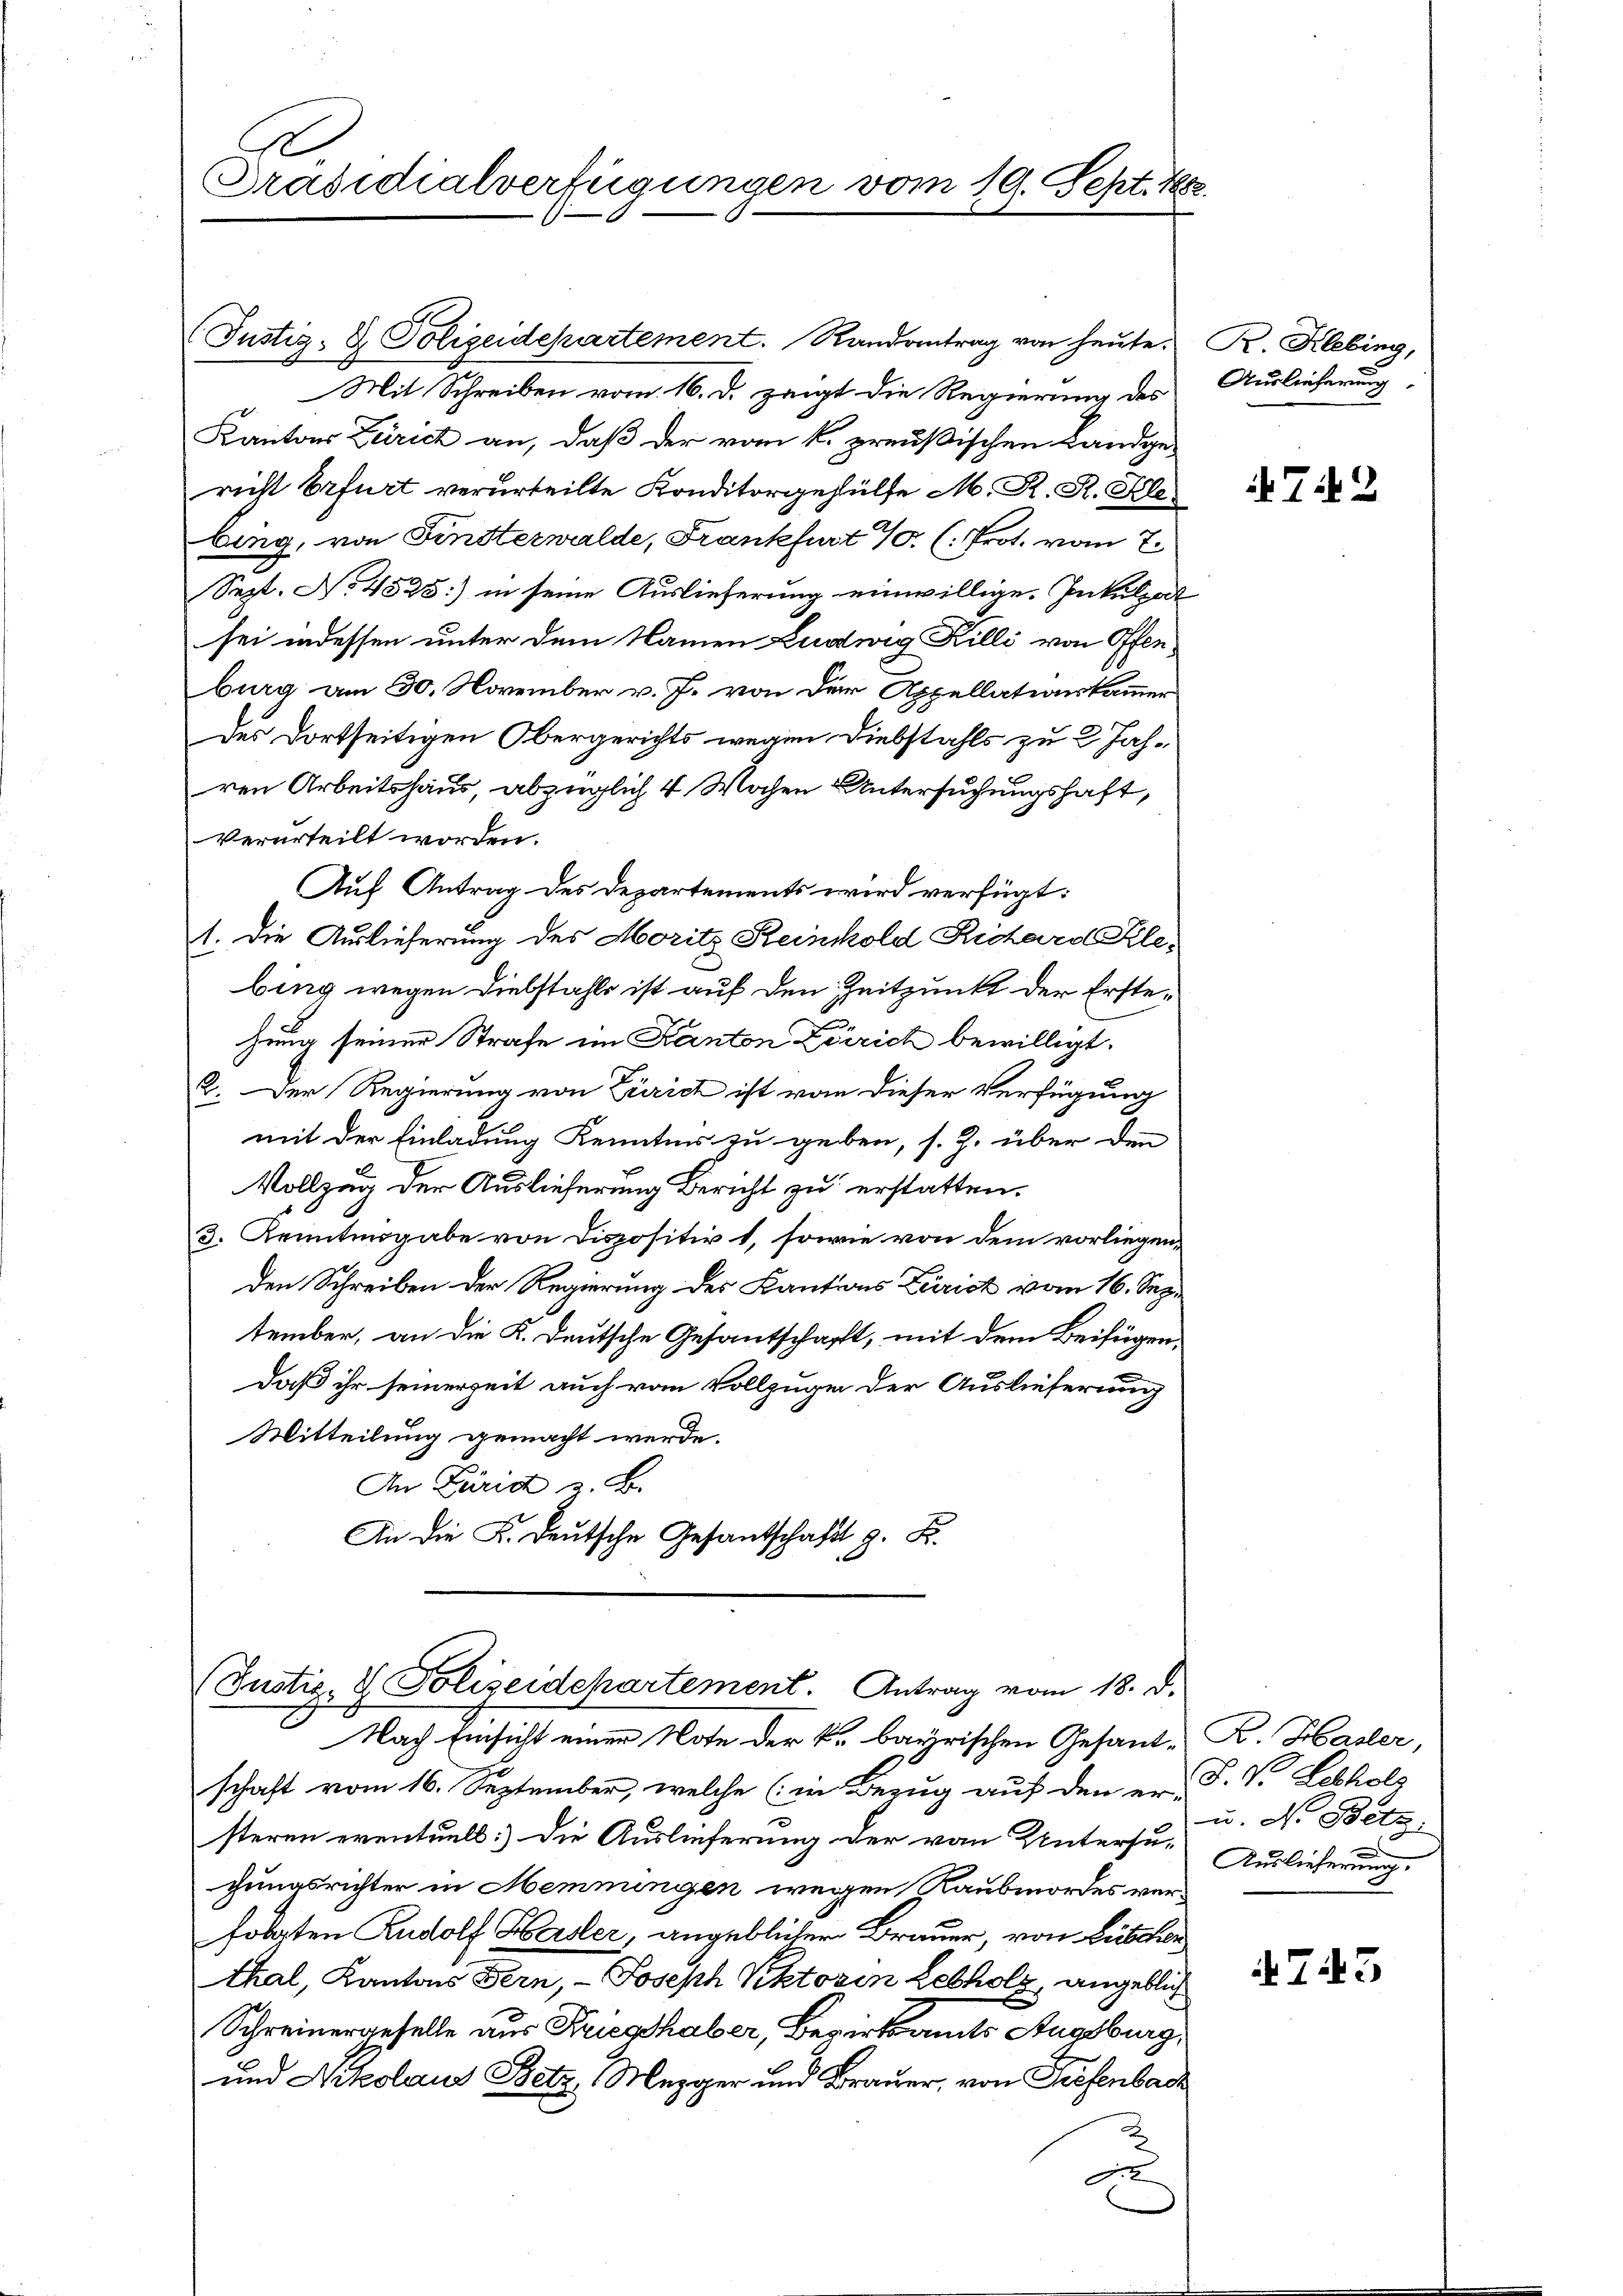
Präsidialverfügungen vom 19. Sept. 1882.

(Justiz- & Polizeidepartement. Randantrag von heute.
Mit Schreiben vom 16. d. zeigt die Regierung des
Kantons Zürich an, daß der vom k. preußischen Landge-
richt Erfurt verurteilte Konditorgehülfe M. R. R. Hele
bing, von Finsterwalde, Frankfurt 10. (: Prot. vom 7.
Sept. No. 4525) in seine Auslieferung einwillige. Inkulpat
sei indessen unter dem Namen Ludwig Killi von Offenburg am 30. November v. J. von der Appellationskammer
des dortseitigen Obergerichts wegen Diebstahls zu 2 Jahren Arbeitshaus, abzüglich 4 Wochen Untersuchungshaft,
verurteilt worden.
Auf Antrag des Departements wird verfügt:
1. Die Auslieferung des Moritz Reinhold Richard Klebing wegen Diebstahls ist auf den Zeitpunkt der Erstehung seiner Strafe im Kanton Zürich bewilligt.
2. Der Regierung von Zürich ist von dieser Verfügung
mit der Einladung Kenntnis zu geben, s. Z. über den
Vollzug der Auslieferung Bericht zu erstatten.
3. Kenntengabe von Dispositirt, sowie von dem vorliegenden Schreiben der Regierung des Kantons Zürich vom 16. Sep.
tember, an die K. Deutsche Gesantschafft, mit dem Beifügen,
daß ihr seinerzeit auch vom Vollzugen der Auslieferung
Mitteilung gemacht werde.
An Dürid z. B.
An die K. Deutsche Gesantschaft z. B.

Justiz & Polizeidchartement. Antrag vom 18. d.
c

Nach Einsicht einer Note der k. bayrischen Gesant-R. Hasler,
schaft vom 16. September, welche (in Bezug auf den er P. V. Lobkols
steren eventuell: Die Auslieferung der von Untersu-Auslieferung
gungsrichter in Memmungen wegen Raubmordes verfobarten Rudolf Hasler, angeblicher Brauer, von Lüschen
thal, Kantons Bern, Joseph Rektoren Lebholz, angeblich
Schreinergeselle aus Priesthaber, Bezirksamts Augsburg,
und Nikolaus Betz, Mezger und Brauer, von Prefenbach
u

R. Klebing,
Auslieferung,

72

u. N. Bett.

743